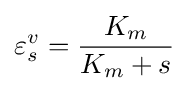
\varepsilon _{s}^{v}={\frac {K_{m}}{K_{m}+s}}